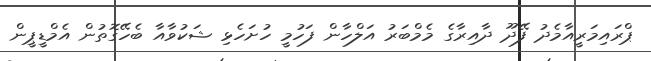
ޕްރައިމަރީއާމެދު ފޭދޫ ދާއިރާގެ މެމްބަރު އަލްހާން ފަހުމީ ހުށަހެޅި ޝަކުވާއާ ބެހޭގޮތުން އެމްޑީޕީން